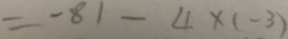
= - 8 1 - 4 \times ( - 3 )